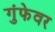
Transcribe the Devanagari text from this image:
गुंफेवर